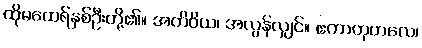
ထိုမထေရ်နှစ်ဦးတို့၏။ အတိဝိယ၊ အလွန်လျှင်။ ဧကာတုဟလေ၊